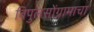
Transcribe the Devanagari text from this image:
बिपुलसोंग्रामाचा